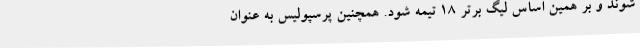
شوند و بر همین اساس لیگ برتر 18 تیمه شود. همچنین پرسپولیس به عنوان